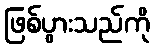
ဖြစ်ပွားသည်ကို